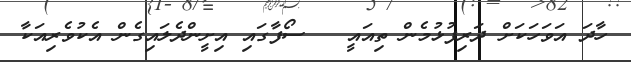
ހާދަ އަވަހަކަށް ދަރިފުޅުމެން ތިއައީ   ސޯފާގައި އިށީންދެލައިގެން އެކުވެރިއަކާ